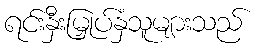
ရင်းနှီးမြှုပ်နှံသူများသည်